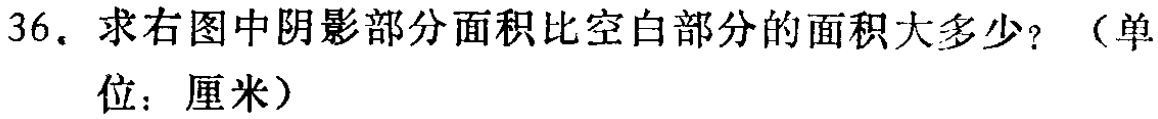
36. 求右图中阴影部分面积比空白部分的面积大多少？（单位：厘米）